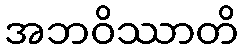
အဘဝိဿာတိ